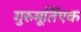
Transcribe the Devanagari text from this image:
गुरुमूर्तिएक